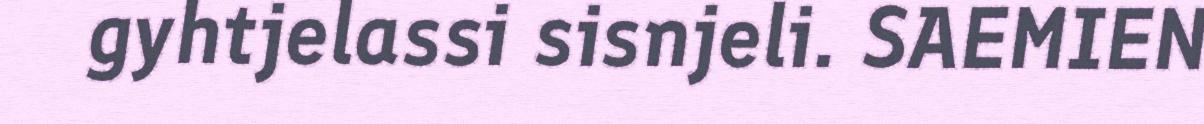
gyhtjelassi sisnjeli. SAEMIEN